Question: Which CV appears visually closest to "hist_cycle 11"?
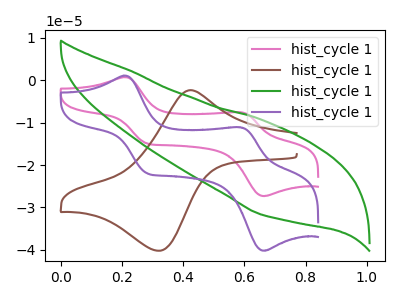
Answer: <think>The pink curve "hist_cycle 11" has anodic peaks at (0.20V, 0.75uA) (0.60V, -7.55uA) and cathodic peaks at (0.30V, -14.90uA) (0.65V, -27.30uA). The brown curve "hist_cycle 12" has an anodic peak at (0.40V, -2.35uA) and a cathodic peak at (0.30V, -40.20uA). The green curve "hist_cycle 13" has no peaks. The purple curve "hist_cycle 14" has anodic peaks at (0.20V, 1.10uA) (0.60V, -11.10uA) and cathodic peaks at (0.30V, -21.95uA) (0.65V, -40.20uA).
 "hist_cycle 11" and "hist_cycle 12" have a different number of peaks. "hist_cycle 11" and "hist_cycle 13" have a different number of peaks. All the peaks in "hist_cycle 11" have a peak in "hist_cycle 14" at the same potential. "hist_cycle 12" and "hist_cycle 13" have a different number of peaks. "hist_cycle 12" and "hist_cycle 14" have a different number of peaks. "hist_cycle 13" and "hist_cycle 14" have a different number of peaks.</think>
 <answer>The CV with the most similar shape to "hist_cycle 14" is "hist_cycle 11".</answer>
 <eval>"hist_cycle 11"</eval>